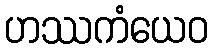
ဟဿကံယေဝ